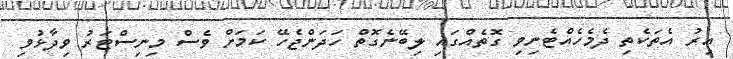
އިރު އެތަކެތި ދެމެހެއްޓެނިވި ގޮތެއްގައި ލިބޭނެގޮތް ހަދަންޖެހޭ ކަމަށް ވެސް މިނިސްޓަރު ވިދާޅުވި